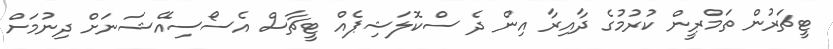
ޓީޗަރުން ތަމްރީން ކުރުމުގެ ދާއިރާ އިން ދެ ސްކޮލަޝިޕެއް ޓީޗާސް އެސޯސިއޭޝަނަށް ދިނުމަށް